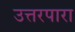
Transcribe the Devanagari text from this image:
उत्तरपारा